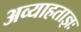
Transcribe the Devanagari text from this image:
अव्याहताज्ञः